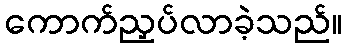
ကောက်ညှပ်လာခဲ့သည်။